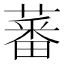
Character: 蕃